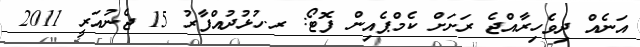
އަނެއް ދިވެހިރާއްޖެ ރަށަށް ކެމްޕެއިން ފޮޓޯ: ރ.ހުޅުދުއްފާރު 15 ޖެނުއަރީ 2011